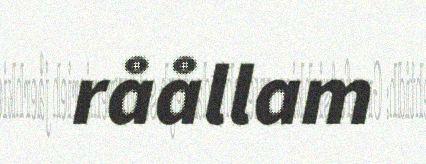
råållam